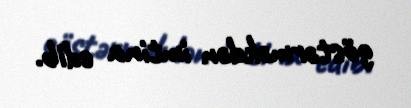
göstərməkdən imtina edib.